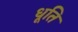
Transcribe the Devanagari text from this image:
धूति